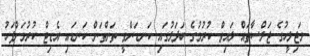
މަޖިލީހުގެ ޖަލްސާތައް ލައިވް ކުރުމުގެ ބަދަލުގައި ކަނޑަންވީ ތަންތަން ކަނޑައި އެޑިޓް ކުރުމަށްފަހު